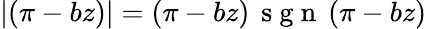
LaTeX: |(\pi-bz)|=(\pi-bz)\, \mathrm{~s~g~n~}\left(\pi-bz\right)